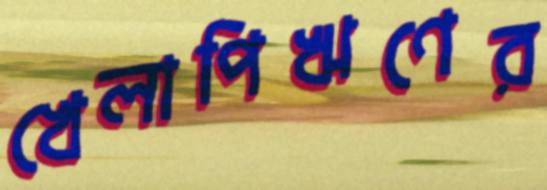
খেলাপিঋণের